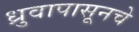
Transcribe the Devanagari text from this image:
ध्रुवापासूनचे